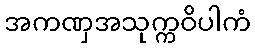
အကဏှအသုက္ကဝိပါကံ